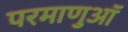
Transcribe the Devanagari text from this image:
परमाणुऑ